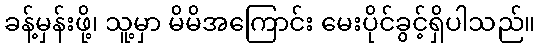
ခန့်မှန်းဖို့၊ သူ့မှာ မိမိအကြောင်း မေးပိုင်ခွင့်ရှိပါသည်။